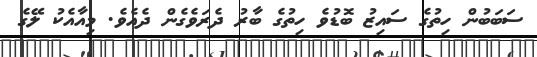
ސަބަބުން ހިތުގެ ސައިޒު ބޮޑުވެ ހިތުގެ ބާރު ދެރަވެގެން ދެއެވެ. މިއާއެކު ލޭގެ